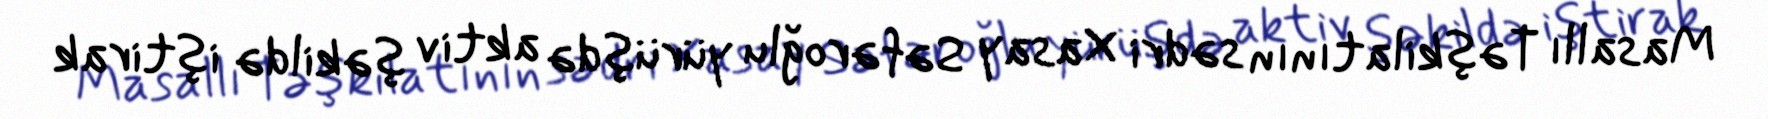
Masallı Təşkilatının sədri Xasay Səfəroğlu yürüşdə aktiv şəkildə iştirak